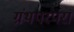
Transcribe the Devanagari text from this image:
ग्रंथपरंपरा